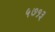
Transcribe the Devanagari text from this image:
५७१३